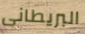
البريطانى